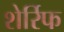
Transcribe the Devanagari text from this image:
शेर्रिफ